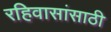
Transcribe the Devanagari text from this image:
रहिवासांसाठी